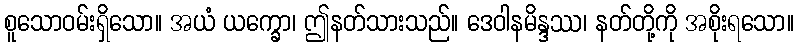
စူသောဝမ်းရှိသော။ အယံ ယက္ခော၊ ဤနတ်သားသည်။ ဒေဝါနမိန္ဒဿ၊ နတ်တို့ကို အစိုးရသော။